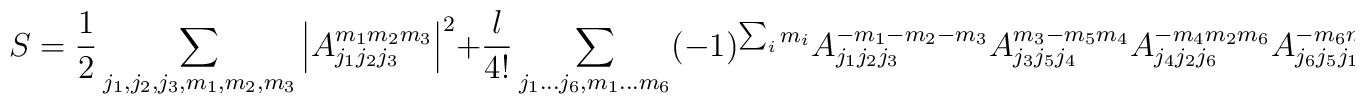
S=\frac{1}{2}\sum_{j_1,j_2,j_3,m_1,m_2,m_3}\left|{A_{j_1j_2j_3}^{m_1m_2m_3}}\right|^2+\frac{\l}{4!}\sum_{j_1...j_6,m_1...m_6} (-1)^{\sum_i m_i}A_{j_1j_2j_3}^{-m_1-m_2-m_3} A_{j_3j_5j_4}^{m_3-m_5m_4}A_{j_4j_2j_6}^{-m_4m_2m_6} A_{j_6j_5j_1}^{-m_6m_5m_1}